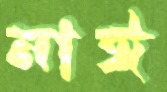
নাঈ